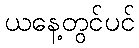
ယနေ့တွင်ပင်